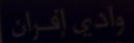
وادي إيران